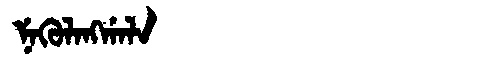
Manchu: ᠨᡝᡴᡠᠯᠠᠩᡤᠠᠯᠠ
Romanization: NEKULANGGALA